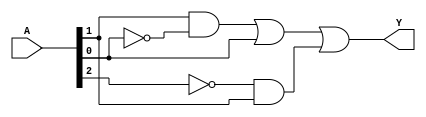
module combinational_logic (
    input wire [2:0] A, // 3-bit input
    output wire Y       // Output
);

// Define the logic function with don't care conditions
// Let's say we have the following truth table:
// A[2] A[1] A[0] | Y
// -----------------
//  0     0     0  | 0
//  0     0     1  | 1
//  0     1     0  | 1
//  0     1     1  | X (don't care)
//  1     0     0  | 0
//  1     0     1  | X (don't care)
//  1     1     0  | 1
//  1     1     1  | X (don't care)

// The optimized logic can be derived as:
// Y = A[1] & ~A[0] | A[0] | ~A[2] & A[1]

// Implementing the optimized logic
assign Y = (A[1] & ~A[0]) | A[0] | (~A[2] & A[1]);

endmodule